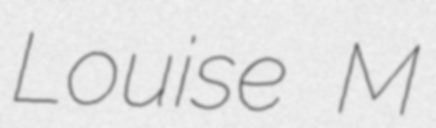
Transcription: Louise M